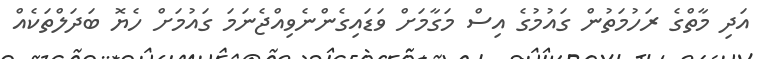
އަދި މާތްގެ ރަހުމަތުން ގައުމުގެ އިސް މަގާމަށް ވަޑައިގެންނެވިއްޖެނަމަ ގައުމަށް ހެޔޮ ބަދަލްތަކެއް